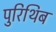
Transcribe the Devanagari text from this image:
पुरिथिब